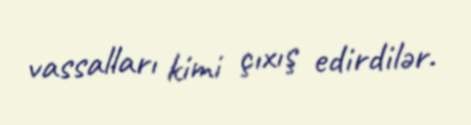
vassalları kimi çıxış edirdilər.